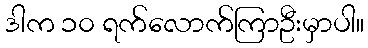
ဒါက ၁၀ ရက်လောက်ကြာဦးမှာပါ။